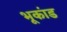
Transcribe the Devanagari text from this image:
भूकांड